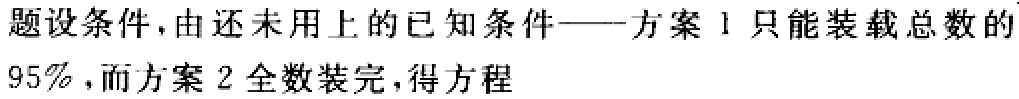
题设条件,由还未用上的已知条件——方案1只能装载总数的

95%,而方案2全数装完,得方程